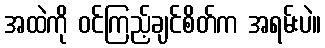
အထဲကို ဝင်ကြည့်ချင်စိတ်က အရမ်းပဲ။